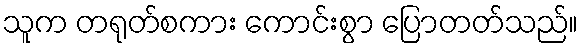
သူက တရုတ်စကား ကောင်းစွာ ပြောတတ်သည်။